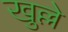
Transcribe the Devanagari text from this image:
खुल्ले